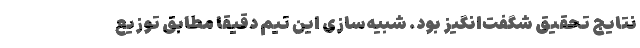
نتایج تحقیق‌ شگفت‌انگیز بود. شبیه‌سازی این تیم دقیقاً مطابق توزیع